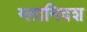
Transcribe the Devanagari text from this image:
ग्लानिवश